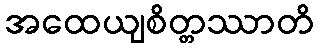
အထေယျစိတ္တဿာတိ